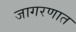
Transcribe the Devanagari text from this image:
जागरणात